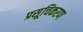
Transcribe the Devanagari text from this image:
प्रसूचिकरण